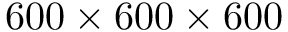
6 0 0 \times 6 0 0 \times 6 0 0